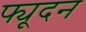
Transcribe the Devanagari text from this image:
फ्यूदन